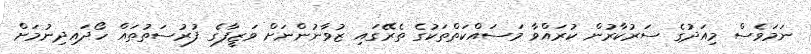
ނަމަވެސް މިއަދުގެ ސަރުކާރުން ކުރައްވާ މަސައްކަތްތަކުގެ ތެރޭގައި ޒުވާނުންނަށް ވަޒީފާގެ ފުރުސަތުތައް ހޯދައިދިނުމަށް